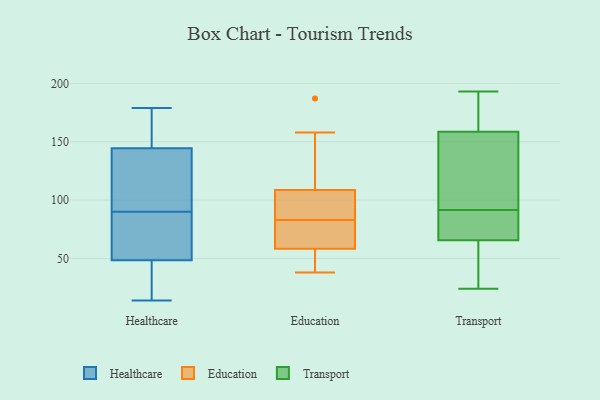
{"axis": {"x": "Operating Costs (USD K)", "y": "Value"}, "legend": ["Education", "Healthcare", "Transport"], "data": [{"x": "", "y": 49, "type": "Healthcare"}, {"x": "", "y": 93, "type": "Healthcare"}, {"x": "", "y": 48, "type": "Healthcare"}, {"x": "", "y": 22, "type": "Healthcare"}, {"x": "", "y": 143, "type": "Healthcare"}, {"x": "", "y": 47, "type": "Healthcare"}, {"x": "", "y": 14, "type": "Healthcare"}, {"x": "", "y": 87, "type": "Healthcare"}, {"x": "", "y": 76, "type": "Healthcare"}, {"x": "", "y": 146, "type": "Healthcare"}, {"x": "", "y": 94, "type": "Healthcare"}, {"x": "", "y": 179, "type": "Healthcare"}, {"x": "", "y": 173, "type": "Healthcare"}, {"x": "", "y": 83, "type": "Healthcare"}, {"x": "", "y": 110, "type": "Healthcare"}, {"x": "", "y": 179, "type": "Healthcare"}, {"x": "", "y": 114, "type": "Education"}, {"x": "", "y": 62, "type": "Education"}, {"x": "", "y": 83, "type": "Education"}, {"x": "", "y": 104, "type": "Education"}, {"x": "", "y": 187, "type": "Education"}, {"x": "", "y": 54, "type": "Education"}, {"x": "", "y": 38, "type": "Education"}, {"x": "", "y": 107, "type": "Education"}, {"x": "", "y": 158, "type": "Education"}, {"x": "", "y": 87, "type": "Education"}, {"x": "", "y": 59, "type": "Education"}, {"x": "", "y": 65, "type": "Education"}, {"x": "", "y": 56, "type": "Education"}, {"x": "", "y": 102, "type": "Transport"}, {"x": "", "y": 86, "type": "Transport"}, {"x": "", "y": 66, "type": "Transport"}, {"x": "", "y": 190, "type": "Transport"}, {"x": "", "y": 193, "type": "Transport"}, {"x": "", "y": 24, "type": "Transport"}, {"x": "", "y": 67, "type": "Transport"}, {"x": "", "y": 68, "type": "Transport"}, {"x": "", "y": 152, "type": "Transport"}, {"x": "", "y": 27, "type": "Transport"}, {"x": "", "y": 28, "type": "Transport"}, {"x": "", "y": 91, "type": "Transport"}, {"x": "", "y": 176, "type": "Transport"}, {"x": "", "y": 165, "type": "Transport"}, {"x": "", "y": 192, "type": "Transport"}, {"x": "", "y": 65, "type": "Transport"}, {"x": "", "y": 129, "type": "Transport"}, {"x": "", "y": 95, "type": "Transport"}, {"x": "", "y": 92, "type": "Transport"}, {"x": "", "y": 63, "type": "Transport"}]}